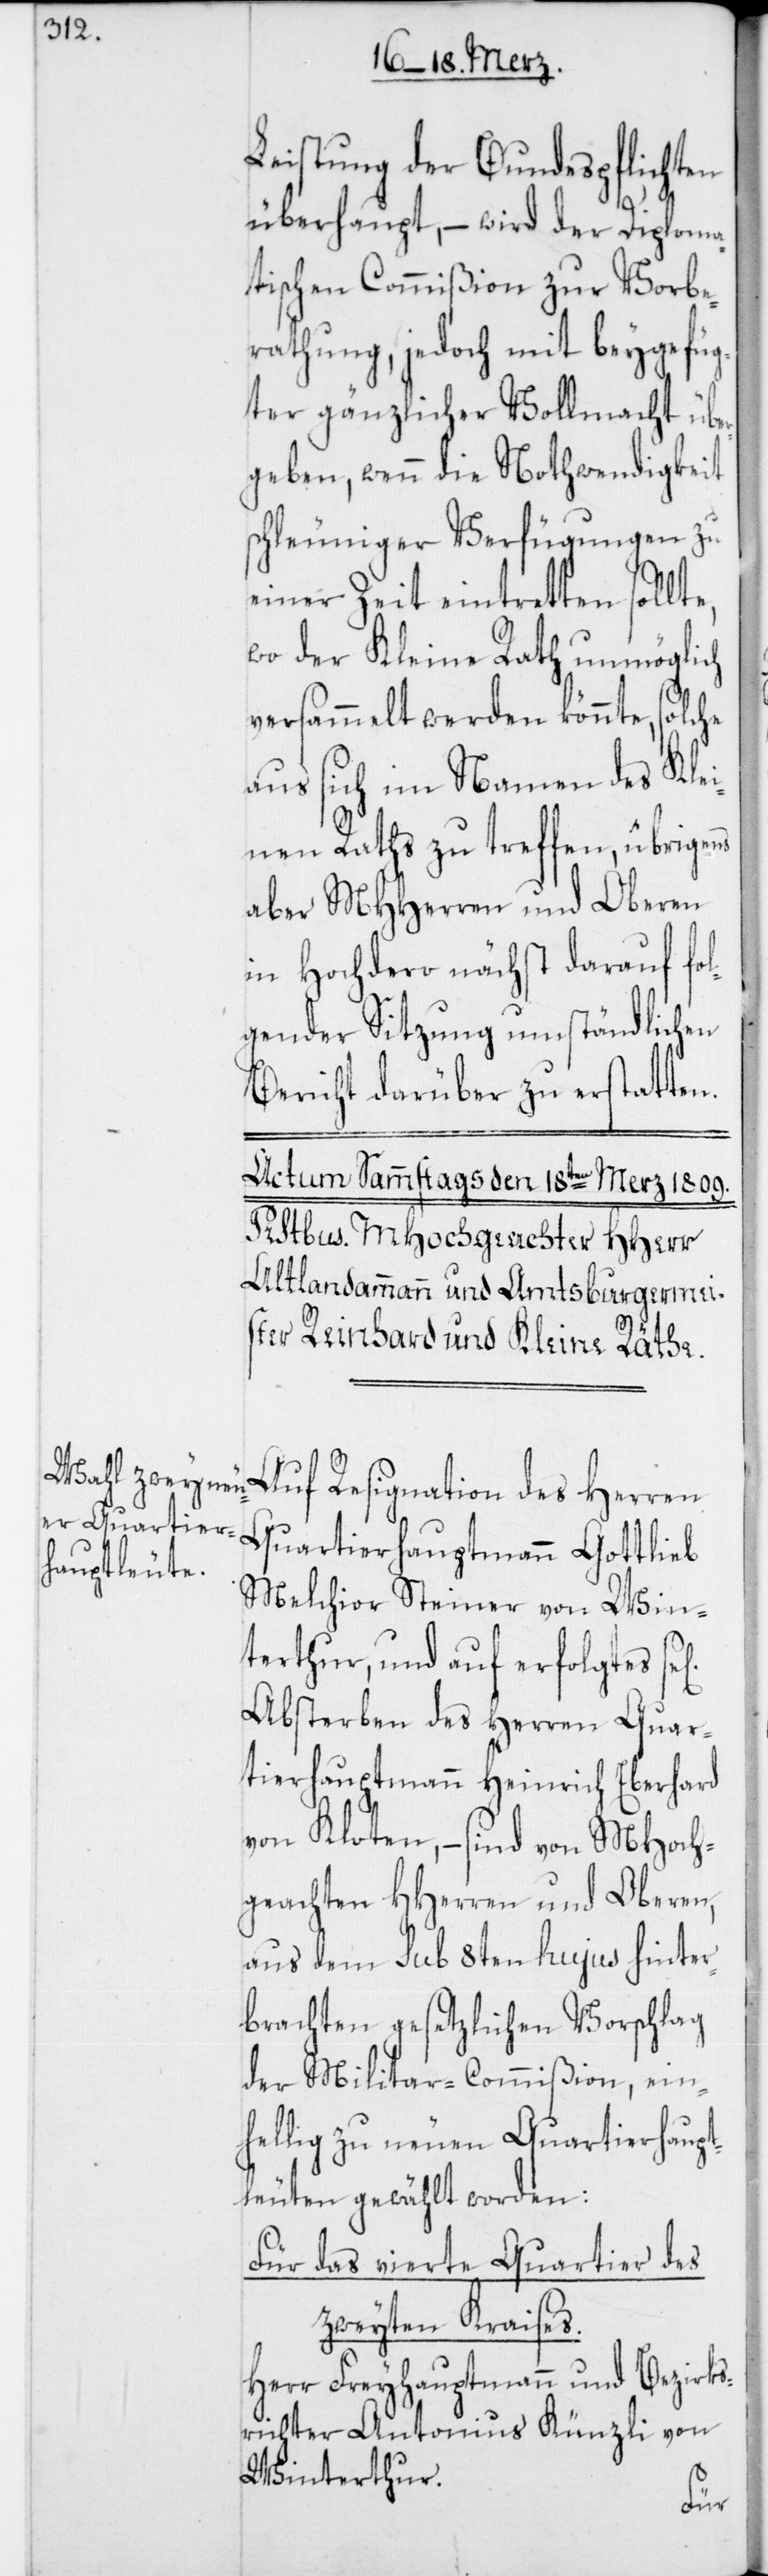
Leistung der Bundespflichten
überhaupt, – wird der Diploma¬
tischen Commißion zur Vorbe¬
rathung, jedoch mit beygefüg¬
ter gänzlicher Vollmacht über¬
geben, wenn die Nothwendigkeit
schleuniger Verfügungen zu
einer Zeit eintretten sollte,
wo der Kleine Rath unmöglich
versammelt werden könnte, solche
aus sich im Namen des Klei¬
nen Raths zu treffen, übrigens
aber MHHerren und Oberen
in Hochdero nächst darauf fo¬
lgender Sitzung umständlichen
Bericht darüber zu erstatten.
Auf Resignation des Herren
Quartierhauptmann Gottlieb
Melchior Steiner von Win¬
terthur, und auf erfolgtes sel.
Absterben des Herren Quar¬
tierhauptmann Heinrich Eberhard
von Kloten, – sind von MHoch¬
geachten HHerren und Oberen,
aus dem sub 8ten hujus hinter¬
brachten gesetzlichen Vorschlag
der Militar-Commißion, ein¬
hellig zu neuen Quartierhaupt¬
leuten gewählt worden:
Für das vierte Quartier des
zweyten Kraises.
Herr Freyhauptmann und Bezirks¬
richter Antonius Künzli von
Winterthur.